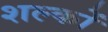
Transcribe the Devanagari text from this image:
शल्‍कों